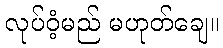
လုပ်ဝံ့မည် မဟုတ်ချေ။